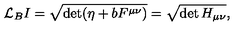
\mathcal { L } _ { B } I = \sqrt { \det ( \eta + b F ^ { \mu \nu } ) } = \sqrt { \det H _ { \mu \nu } } ,